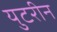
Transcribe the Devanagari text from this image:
युटरीन